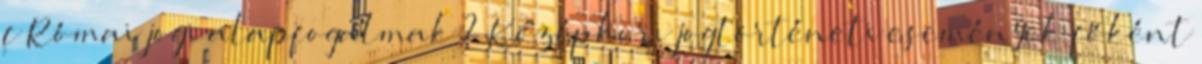
f Római jogi alapfogalmak 2 Középkori jogtörténeti események főként